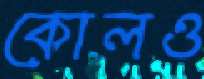
কোলও